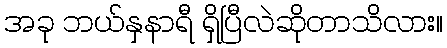
အခု ဘယ်နှနာရီ ရှိပြီလဲဆိုတာသိလား။